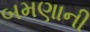
બમણાની